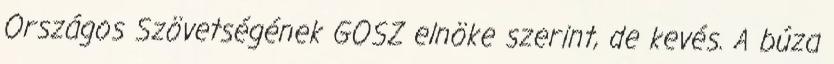
Országos Szövetségének GOSZ elnöke szerint, de kevés. A búza